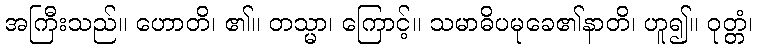
အကြီးသည်။ ဟောတိ၊ ၏။ တသ္မာ၊ ကြောင့်။ သမာဓိပမုခေ၏နာတိ၊ ဟူ၍။ ဝုတ္တံ၊